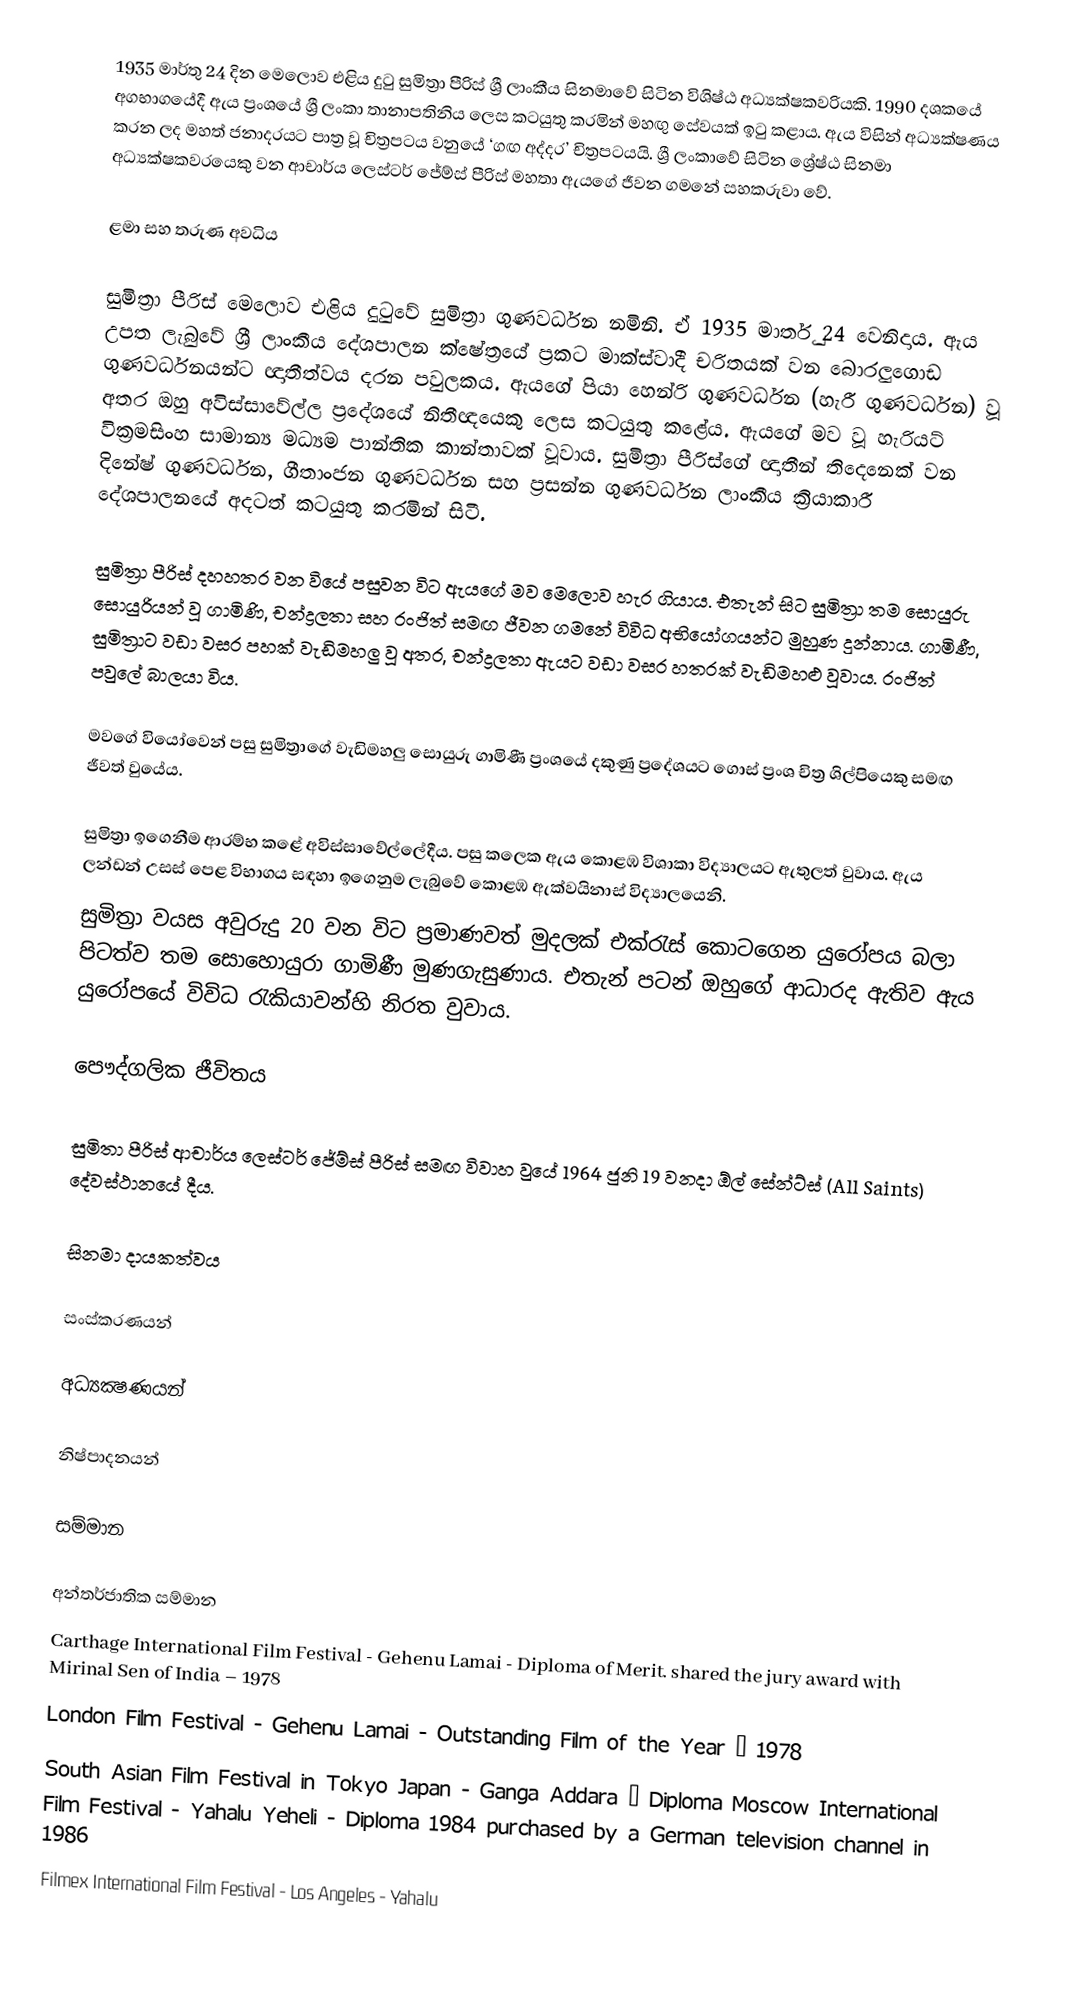
1935 මාර්තු 24 දින මෙලොව එළිය දුටු සුමිත්‍රා පීරිස් ශ්‍රී ලාංකීය සිනමාවේ සිටින විශිෂ්ඨ අධ්‍යක්ෂකවරියකි. 1990 දශකයේ අගභාගයේදී ඇය ප්‍රංශයේ ශ්‍රී ලංකා තානාපතිනිය ලෙස කටයුතු කරමින් මහඟු සේවයක් ඉටු කළාය. ඇය විසින් අධ්‍යක්ෂණය කරන ලද මහත් ජනාදරයට පාත්‍ර වූ චිත්‍රපටය වනුයේ ‘ගඟ අද්දර’ චිත්‍රපටයයි. ශ්‍රී ලංකාවේ  සිටින ශ්‍රේෂ්ඨ සිනමා අධ්‍යක්ෂකවරයෙකු වන ආචාර්ය ලෙස්ටර් ජේම්ස් පීරිස් මහතා ඇයගේ ජීවන ගමනේ සහකරුවා වේ.

ළමා සහ තරුණ අවධිය

සුමිත්‍රා පීරිස් මෙලොව එළිය දුටුවේ සුමිත්‍රා ගුණවර්ධන නමිනි. ඒ 1935 මාර්තු 24 වෙනිදාය. ඇය උපත ලැබුවේ ශ්‍රී ලාංකීය දේශපාලන ක්ෂේත්‍රයේ ප්‍රකට මාක්ස්වාදී චරිතයක් වන බොරලුගොඩ ගුණවර්ධනයන්ට ඥාතීත්වය දරන පවුලකය. ඇයගේ පියා හෙන්රි ගුණවර්ධන (හැරී ගුණවර්ධන) වූ අතර ඔහු අවිස්සාවේල්ල ප්‍රදේශයේ නිතීඥයෙකු ලෙස කටයුතු කළේය. ඇයගේ මව වූ හැරියට් වික්‍රමසිංහ සාමාන්‍ය මධ්‍යම පාන්තික කාන්තාවක් වූවාය. සුමිත්‍රා පීරිස්ගේ ඥාතීන් තිදෙනෙක් වන දිනේෂ් ගුණවර්ධන, ගීතාංජන ගුණවර්ධන සහ ප්‍රසන්න ගුණවර්ධන ලාංකීය ක්‍රියාකාරී දේශපාලනයේ අදටත් කටයුතු කරමින් සිටී.

සුමිත්‍රා පීරිස් දහහතර වන වියේ පසුවන විට ඇයගේ මව මෙලොව හැර ගියාය. එතැන් සිට සුමිත්‍රා තම සොයුරු සොයුරියන් වූ ගාමිණි, චන්ද්‍රලතා සහ රංජිත් සමඟ ජීවන ගමනේ විවිධ අභියෝගයන්ට මුහුණ දුන්නාය. ගාමිණී, සුමිත්‍රාට වඩා වසර පහක් වැඩිමහලු වූ අතර, චන්ද්‍රලතා ඇයට වඩා වසර හතරක් වැඩිමහළු වූවාය. රංජිත් පවුලේ බාලයා විය.

මවගේ වියෝවෙන් පසු සුමිත්‍රාගේ වැඩිමහලු සොයුරු ගාමිණී ප්‍රංශයේ දකුණු ප්‍රදේශයට ගොස් ප්‍රංශ චිත්‍ර ශිල්පියෙකු සමඟ ජීවත් වුයේය.

සුමිත්‍රා ඉගෙනීම ආරම්භ කළේ අවිස්සාවේල්ලේදීය. පසු කලෙක ඇය කොළඹ විශාකා විද්‍යාලයට ඇතුලත් වුවාය. ඇය ලන්ඩන් උසස් පෙළ විභාගය සඳහා ඉගෙනුම ලැබුවේ කොළඹ ඇක්වයිනාස් විද්‍යාලයෙනි.
සුමිත්‍රා වයස අවුරුදු 20 වන විට ප්‍රමාණවත් මුදලක් එක්රැස් කොටගෙන යුරෝපය බලා පිටත්ව තම සොහොයුරා ගාමිණී මුණගැසුණාය. එතැන් පටන් ඔහුගේ ආධාරද ඇතිව ඇය යුරෝපයේ විවිධ රැකියාවන්හි නිරත වුවාය.

පෞද්ගලික ජීවිතය

සුමිතා පීරිස් ආචාර්ය ලෙස්ටර් ජේම්ස් පීරිස් සමඟ විවාහ වුයේ 1964 ජුනි 19 වනදා ඕල් සේන්ට්ස් (All Saints) දේවස්ථානයේ දීය.

සිනමා දායකත්වය

සංස්කරණයන්

අධ්‍යක්‍ෂණයන්

නිෂ්පාදනයන්

සම්මාන

අන්තර්ජාතික සම්මාන
Carthage International Film Festival - Gehenu Lamai - Diploma of Merit. shared the jury award with Mirinal Sen of India – 1978
London Film Festival - Gehenu Lamai - Outstanding Film of the Year – 1978
South Asian Film Festival in Tokyo Japan - Ganga Addara – Diploma Moscow International Film Festival - Yahalu Yeheli - Diploma 1984 purchased by a German television channel in 1986
Filmex International Film Festival - Los Angeles - Yahalu